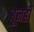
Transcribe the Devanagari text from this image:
बूनही